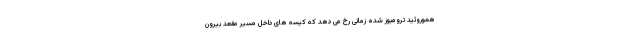
هموروئید ترومبوز شده زمانی رخ می دهد که کیسه های داخل مسیر مقعد بیرون